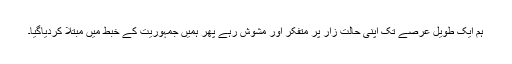
ہم ایک طویل عرصے تک اپنی حالت زار پر متفکر اور مشوش رہے پھر ہمیں جمہوریت کے خبط میں مبتلا کردیاگیا۔